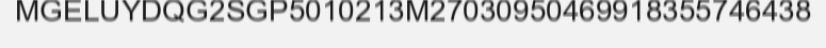
MGELUYDQG2SGP5010213M27030950469918355746438